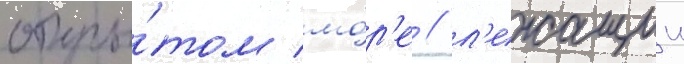
откры́том мо́р'е / л'ежащии